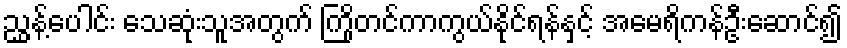
ညွှန့်ပေါင်း သေဆုံးသူအတွက် ကြိုတင်ကာကွယ်နိုင်ရန်နှင့် အမေရိကန်ဦးဆောင်၍